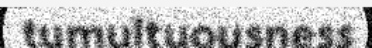
tumultuousness